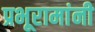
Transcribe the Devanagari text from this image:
प्रभूरामांनी